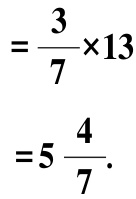
\[
\begin{align*}
&=\frac{3}{7} \times 13\\
&=5\frac{4}{7}.
\end{align*}
\]